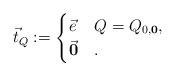
LaTeX: \begin{align*}\vec t_Q:=\begin{cases}\vec e&Q=Q_{0,\mathbf{0}},\\\vec{\mathbf{0}}&.\end{cases}\end{align*}